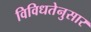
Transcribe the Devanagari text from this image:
विविधतेनुसार